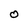
Character: O